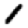
Digit: 1